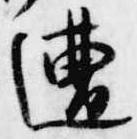
遭